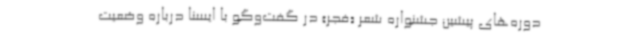
دوره‌های پیشین جشنواره شعر «فجر» در گفت‌وگو با ایسنا درباره وضعیت